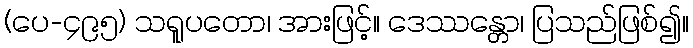
(ပေ-၄၉၅) သရူပတော၊ အားဖြင့်။ ဒေဿန္တော၊ ပြသည်ဖြစ်၍။